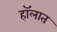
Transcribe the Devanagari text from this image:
हॉलात